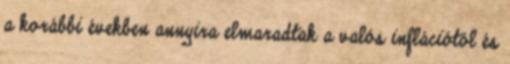
a korábbi években annyira elmaradtak a valós inflációtól és